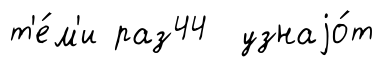
т'е́м'и раз44 узнаjо́т